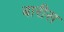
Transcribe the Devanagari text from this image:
बारीस